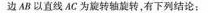
边 AB 以直线 AC 为旋转轴旋转，有下列结论：